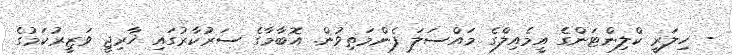
- ހިލަރީ ކްލިންޓަންގެ އީމެއިލްގެ މައްސަލަ ފެންމަތިވުން. އޮބާމާގެ ސަރުކާރުގައި ޚާރިޖީ ވަޒީރުކަމުގެ